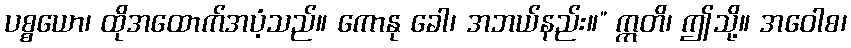
ပစ္စယော၊ ထိုအထောက်အပံ့သည်။ ကောနု ခေါ၊ အဘယ်နည်း။” ဣတိ၊ ဤသို့။ အဝေါစ၊